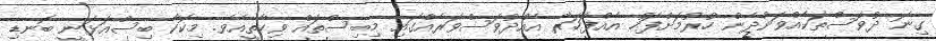
ގިނަ ދުވަސްތަކެއްވަންދެން ހުރުމަށްފަހު އެއްފަހަރާ އެއްދުވަސްވަރެއްގައި މިބިސްތައް ވިހާތީއެވެ. މިކޮކާ ބިސްއަޅަނީ ބޮނޑި